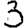
Digit: 3